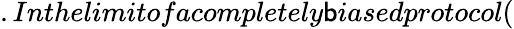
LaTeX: .Inthelimitofacompletely\mathsf{b}iasedprotocol(